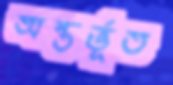
অন্তর্ভূত